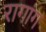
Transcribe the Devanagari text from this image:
रागांग